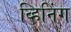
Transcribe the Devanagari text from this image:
व्हिनिंग